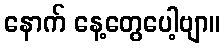
နောက် နေ့တွေပေါ့ဗျာ။